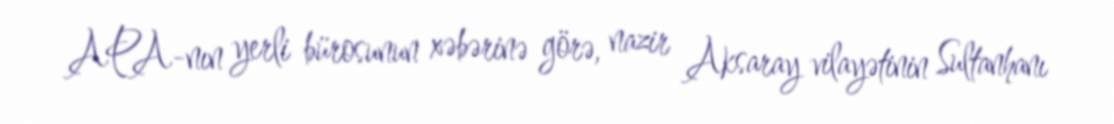
APA-nın yerli bürosunun xəbərinə görə, nazir Aksaray vilayətinin Sultanhanı